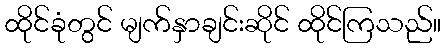
ထိုင်ခုံတွင် မျက်နှာချင်းဆိုင် ထိုင်ကြသည်။